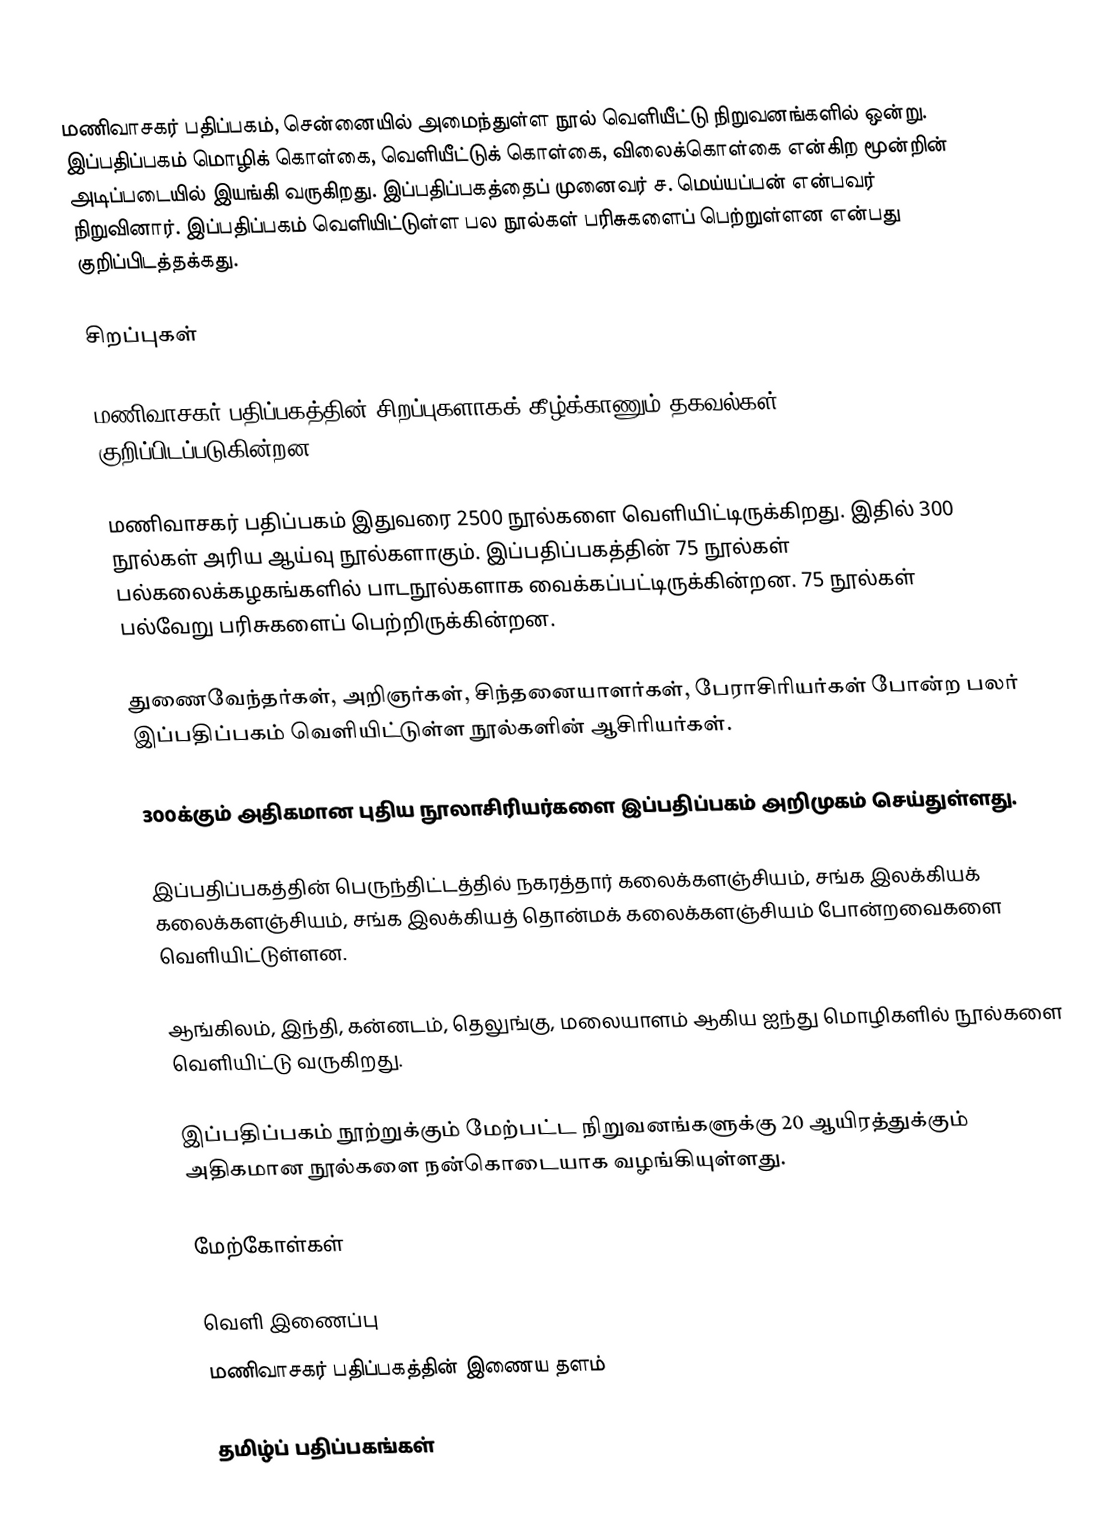
மணிவாசகர் பதிப்பகம், சென்னையில் அமைந்துள்ள நூல் வெளியீட்டு நிறுவனங்களில் ஒன்று. இப்பதிப்பகம் மொழிக் கொள்கை, வெளியீட்டுக் கொள்கை, விலைக்கொள்கை என்கிற மூன்றின் அடிப்படையில் இயங்கி வருகிறது. இப்பதிப்பகத்தைப் முனைவர் ச. மெய்யப்பன் என்பவர் நிறுவினார். இப்பதிப்பகம் வெளியிட்டுள்ள பல நூல்கள் பரிசுகளைப் பெற்றுள்ளன என்பது குறிப்பிடத்தக்கது.

சிறப்புகள்

மணிவாசகர் பதிப்பகத்தின் சிறப்புகளாகக் கீழ்க்காணும் தகவல்கள் குறிப்பிடப்படுகின்றன.

 மணிவாசகர் பதிப்பகம் இதுவரை 2500 நூல்களை வெளியிட்டிருக்கிறது. இதில் 300 நூல்கள் அரிய ஆய்வு நூல்களாகும். இப்பதிப்பகத்தின் 75 நூல்கள் பல்கலைக்கழகங்களில் பாடநூல்களாக வைக்கப்பட்டிருக்கின்றன. 75 நூல்கள் பல்வேறு பரிசுகளைப் பெற்றிருக்கின்றன.

 துணைவேந்தர்கள், அறிஞர்கள், சிந்தனையாளர்கள், பேராசிரியர்கள் போன்ற பலர் இப்பதிப்பகம் வெளியிட்டுள்ள நூல்களின் ஆசிரியர்கள்.

 300க்கும் அதிகமான புதிய நூலாசிரியர்களை இப்பதிப்பகம் அறிமுகம் செய்துள்ளது.

 இப்பதிப்பகத்தின் பெருந்திட்டத்தில் நகரத்தார் கலைக்களஞ்சியம், சங்க இலக்கியக் கலைக்களஞ்சியம், சங்க இலக்கியத் தொன்மக் கலைக்களஞ்சியம் போன்றவைகளை வெளியிட்டுள்ளன.

 ஆங்கிலம், இந்தி, கன்னடம், தெலுங்கு, மலையாளம் ஆகிய ஐந்து மொழிகளில் நூல்களை வெளியிட்டு வருகிறது.

 இப்பதிப்பகம் நூற்றுக்கும் மேற்பட்ட நிறுவனங்களுக்கு 20 ஆயிரத்துக்கும் அதிகமான நூல்களை நன்கொடையாக வழங்கியுள்ளது.

மேற்கோள்கள்

வெளி இணைப்பு
மணிவாசகர் பதிப்பகத்தின் இணைய தளம்

தமிழ்ப் பதிப்பகங்கள்